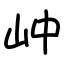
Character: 㞲